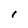
Character: i